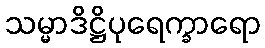
သမ္မာဒိဋ္ဌိပုရေက္ခာရော